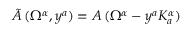
\tilde { A } \, ( \Omega ^ { \alpha } , y ^ { a } ) = A \, ( \Omega ^ { \alpha } - y ^ { a } K _ { a } ^ { \alpha } )